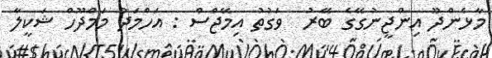
މާޅެންދޫ އިންޖީނުގޭގެ ބޭރު  ވަގުތު އިމޭޖްސް : އަހްމަދު މަމްދޫހް ޝަކީލާ